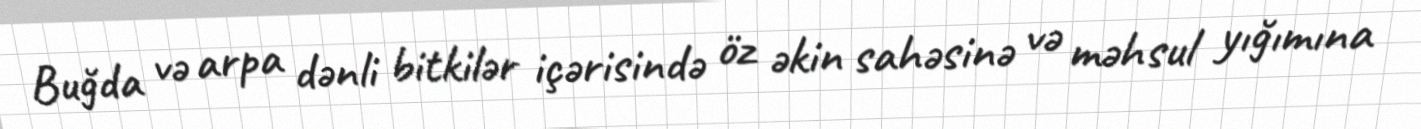
Buğda və arpa dənli bitkilər içərisində öz əkin sahəsinə və məhsul yığımına